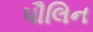
પૌલિન